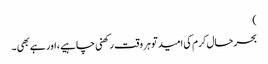
)
بحرحال کرم کی امید تو ہر وقت رکھنی چاہیے، اور ہے بھی ۔